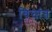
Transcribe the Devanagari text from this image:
चित्तांत